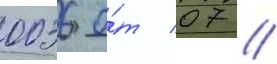
0036 о́т 07 //